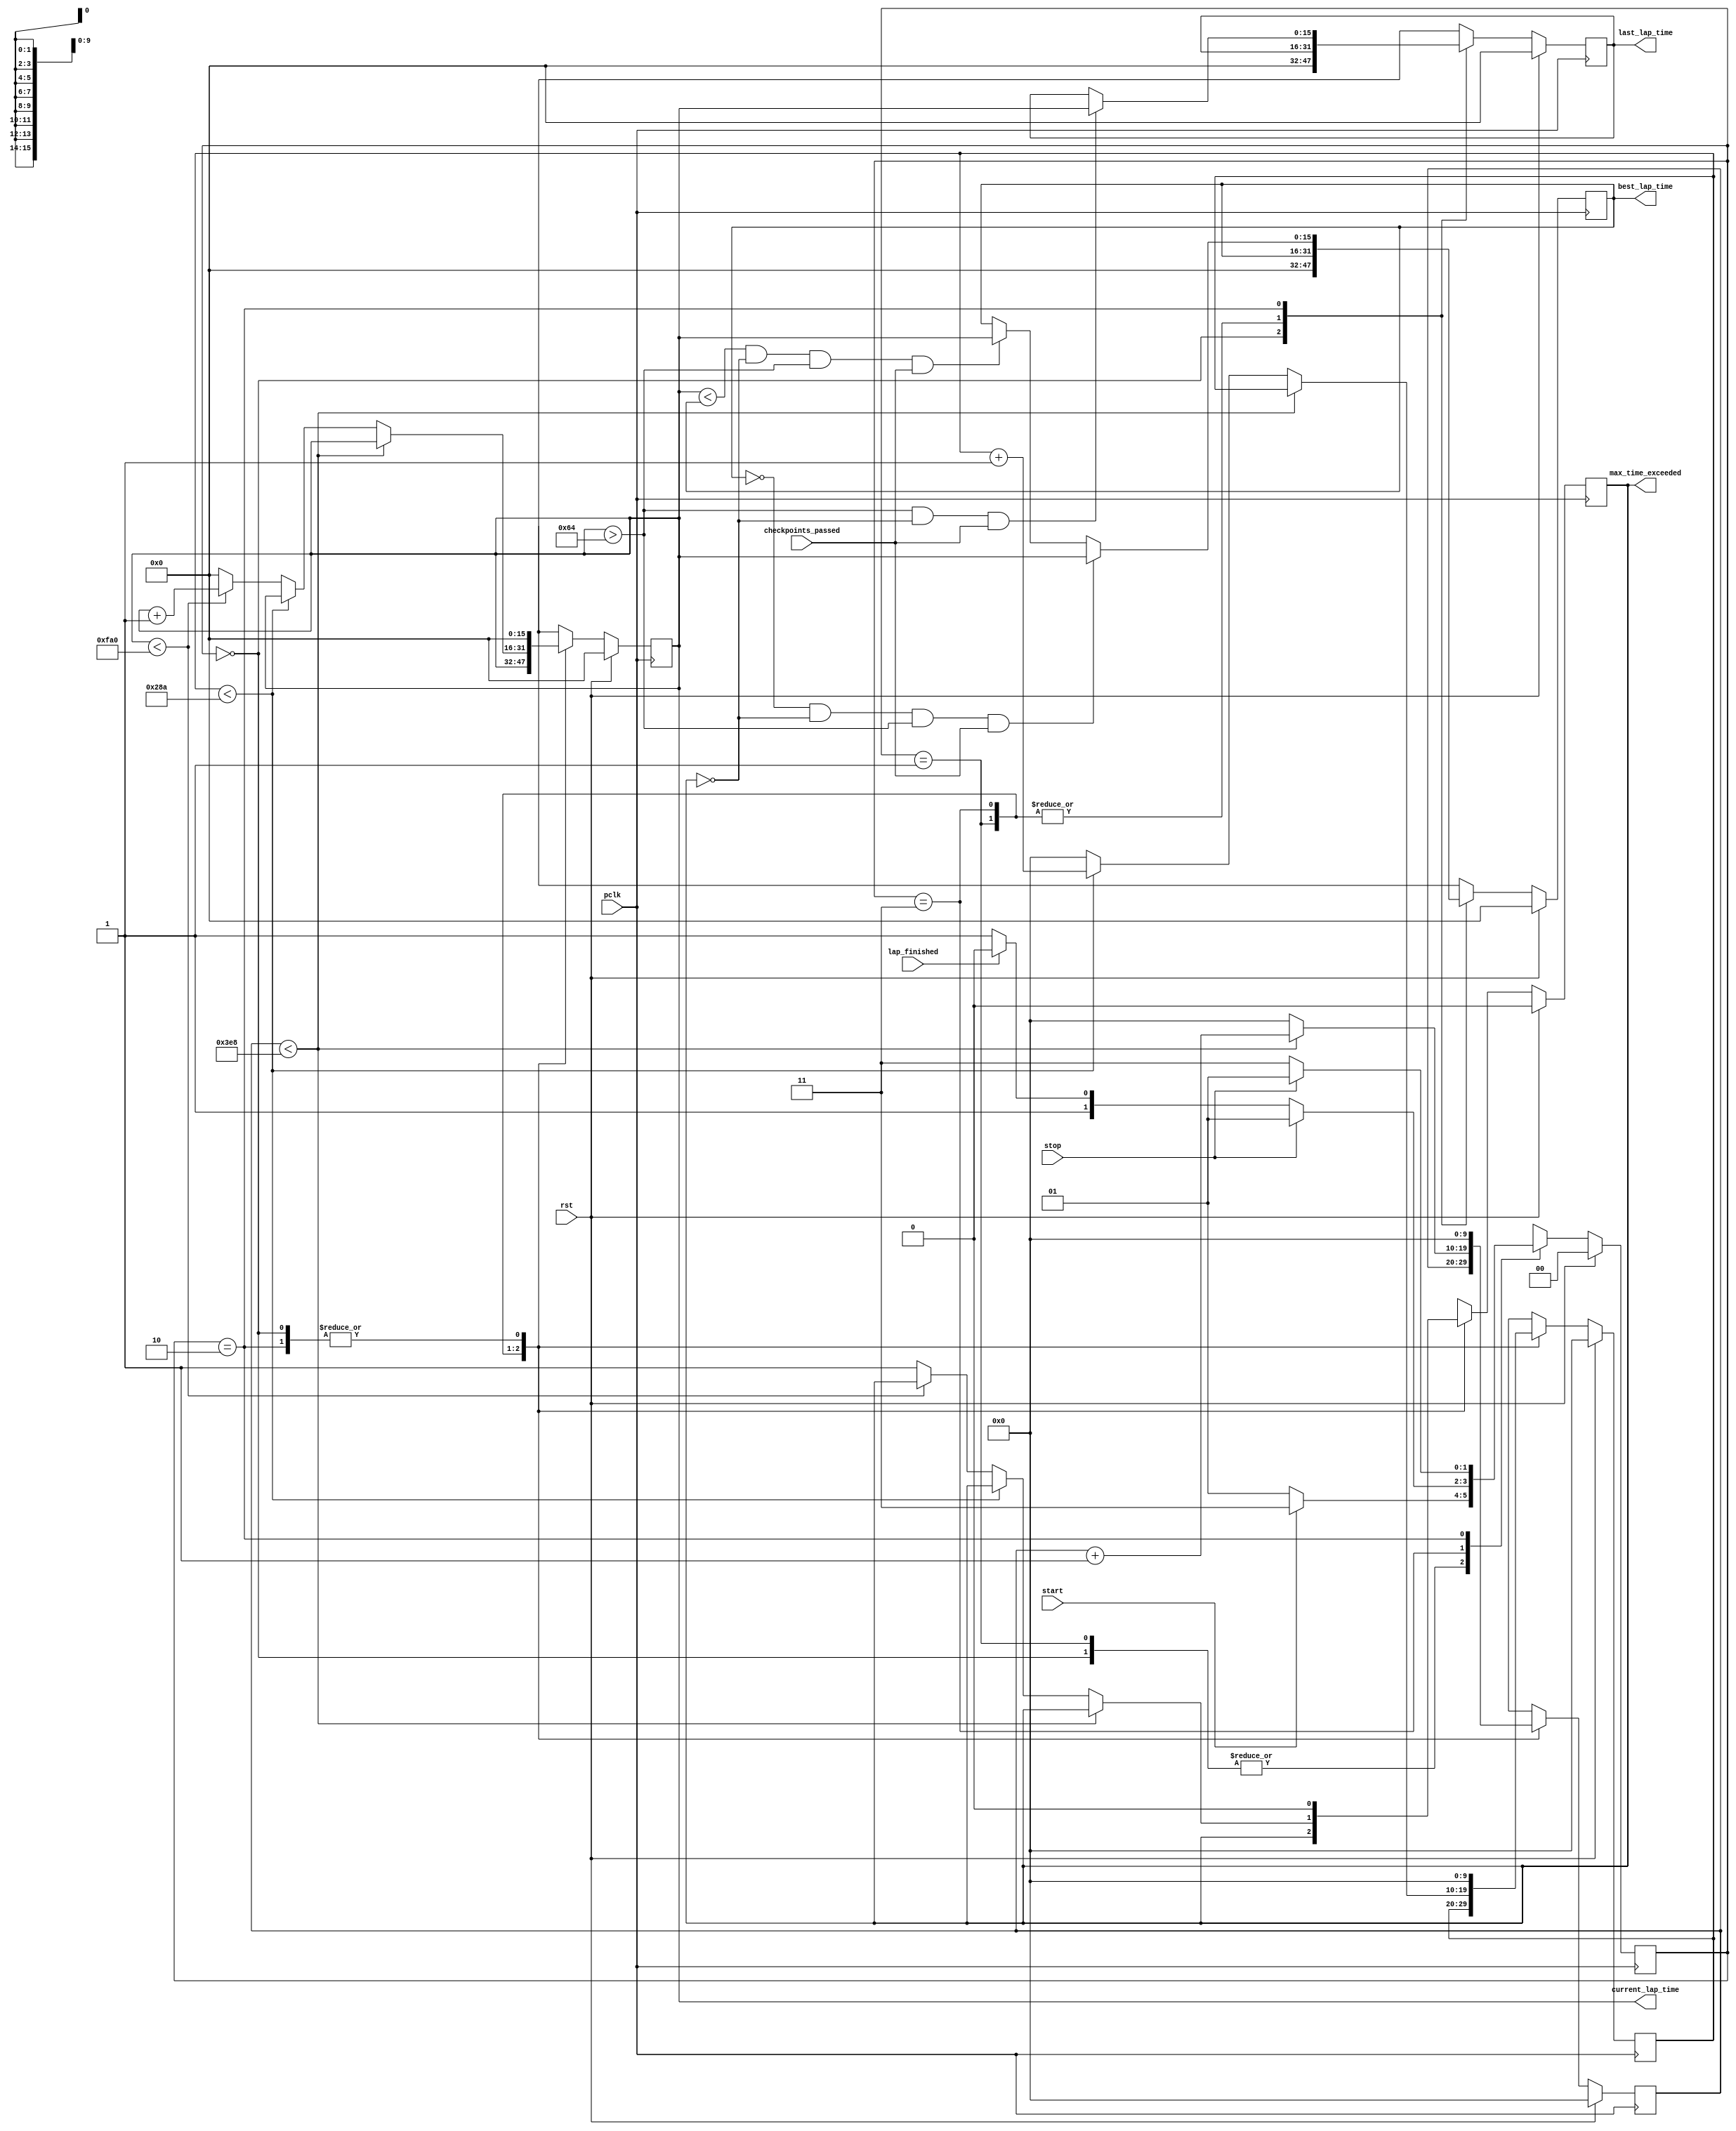
`timescale 1ns / 1ps

module lap_timer(
    input wire pclk,
    input wire rst,
    input wire start,
    input wire stop,
    input wire lap_finished,
    input wire checkpoints_passed,
    output reg max_time_exceeded,
    output reg [15:0] current_lap_time,
    output reg [15:0] last_lap_time,
    output reg [15:0] best_lap_time
);

reg [15:0] current_lap_time_nxt, last_lap_time_nxt, best_lap_time_nxt;
reg [9:0] counter1, counter1_nxt;
reg [9:0] counter1k, counter1k_nxt;
reg max_time_exceeded_nxt;
reg [1:0] state, state_nxt;

localparam MAX_LAP_TIME = 4000; //1 = 0.01s

localparam RESET = 2'b00;
localparam IDLE = 2'b01;
localparam COUNT = 2'b11;
localparam LAP_FINISHED = 2'b10;

always@(posedge pclk)
begin
    if(rst)
    begin
        current_lap_time <= 0;
        counter1 <= 0;
        counter1k <= 0;
        max_time_exceeded <= 0;
        last_lap_time <= 0;          
        best_lap_time <= 0;
        state <= RESET;
    end
    else
    begin
        current_lap_time <= current_lap_time_nxt;
        counter1 <= counter1_nxt;
        counter1k <= counter1k_nxt;
        max_time_exceeded <= max_time_exceeded_nxt;
        last_lap_time <= last_lap_time_nxt;
        best_lap_time <= best_lap_time_nxt;
        state <= state_nxt;
    end
end

always@*
begin
    case(state)
    RESET:
    begin
        current_lap_time_nxt = 0;
        counter1_nxt = 0;
        counter1k_nxt = 0;
        last_lap_time_nxt = 0;
        best_lap_time_nxt = 0;
        max_time_exceeded_nxt = 0;
        
        if(start) state_nxt = COUNT;
        else state_nxt = IDLE;
    end
    IDLE:
    begin
        current_lap_time_nxt = current_lap_time;
        counter1_nxt = counter1;
        counter1k_nxt = counter1k;
        last_lap_time_nxt = last_lap_time;
        best_lap_time_nxt = best_lap_time;
        max_time_exceeded_nxt = max_time_exceeded;
        
        if(start) state_nxt = COUNT;
        else state_nxt = IDLE;
    end
    COUNT:
    begin
        last_lap_time_nxt = last_lap_time;
        best_lap_time_nxt = best_lap_time;
        counter1_nxt = counter1;
        counter1k_nxt = counter1k;
        max_time_exceeded_nxt = max_time_exceeded;
        current_lap_time_nxt = current_lap_time;
        
        if(counter1 < 1000) counter1_nxt = counter1 + 1;
        else 
        begin
            counter1_nxt = 0;
            if(counter1k < 650) counter1k_nxt = counter1k + 1;
            else
            begin
                counter1k_nxt = 0;
                if(current_lap_time < MAX_LAP_TIME) 
                begin
                    current_lap_time_nxt = current_lap_time + 1;
                end
                else 
                begin
                    current_lap_time_nxt = 0;
                    max_time_exceeded_nxt = 1;
                end
            end
        end
        
        if(stop) state_nxt = IDLE;
        else if(lap_finished) state_nxt = LAP_FINISHED;
        else state_nxt = COUNT;
    end
    LAP_FINISHED:
    begin
        current_lap_time_nxt = 0;
        counter1_nxt = 0;
        counter1k_nxt = 0;
        max_time_exceeded_nxt = 0;
        
        if((current_lap_time > 100) && (max_time_exceeded == 0) && (checkpoints_passed)) last_lap_time_nxt = current_lap_time;
        else last_lap_time_nxt = last_lap_time;
        if((best_lap_time == 0) && (max_time_exceeded == 0) && (current_lap_time > 100) && (checkpoints_passed)) best_lap_time_nxt = current_lap_time;
        else if((current_lap_time < best_lap_time) && (max_time_exceeded == 0) && (current_lap_time > 100) && (checkpoints_passed)) best_lap_time_nxt = current_lap_time;
        else best_lap_time_nxt = best_lap_time;
        
        if(stop) state_nxt = IDLE;
        else state_nxt = COUNT;
    end
    default:
    begin
        current_lap_time_nxt = current_lap_time;
        last_lap_time_nxt = last_lap_time;
        best_lap_time_nxt = best_lap_time;
        max_time_exceeded_nxt = 0;
        state_nxt = state;
        counter1_nxt = counter1;
        counter1k_nxt = counter1k;
    end
    endcase
end


endmodule